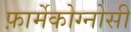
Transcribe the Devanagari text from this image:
फ़ार्मेकोग्नोसी